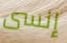
إنسى